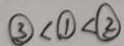
\textcircled { 3 } < \textcircled { 1 } < \textcircled { 2 }